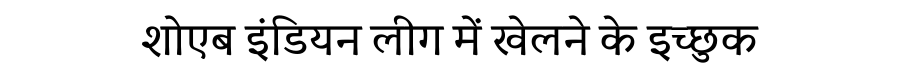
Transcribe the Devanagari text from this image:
शोएब इंडियन लीग में खेलने के इच्छुक